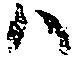
ハ